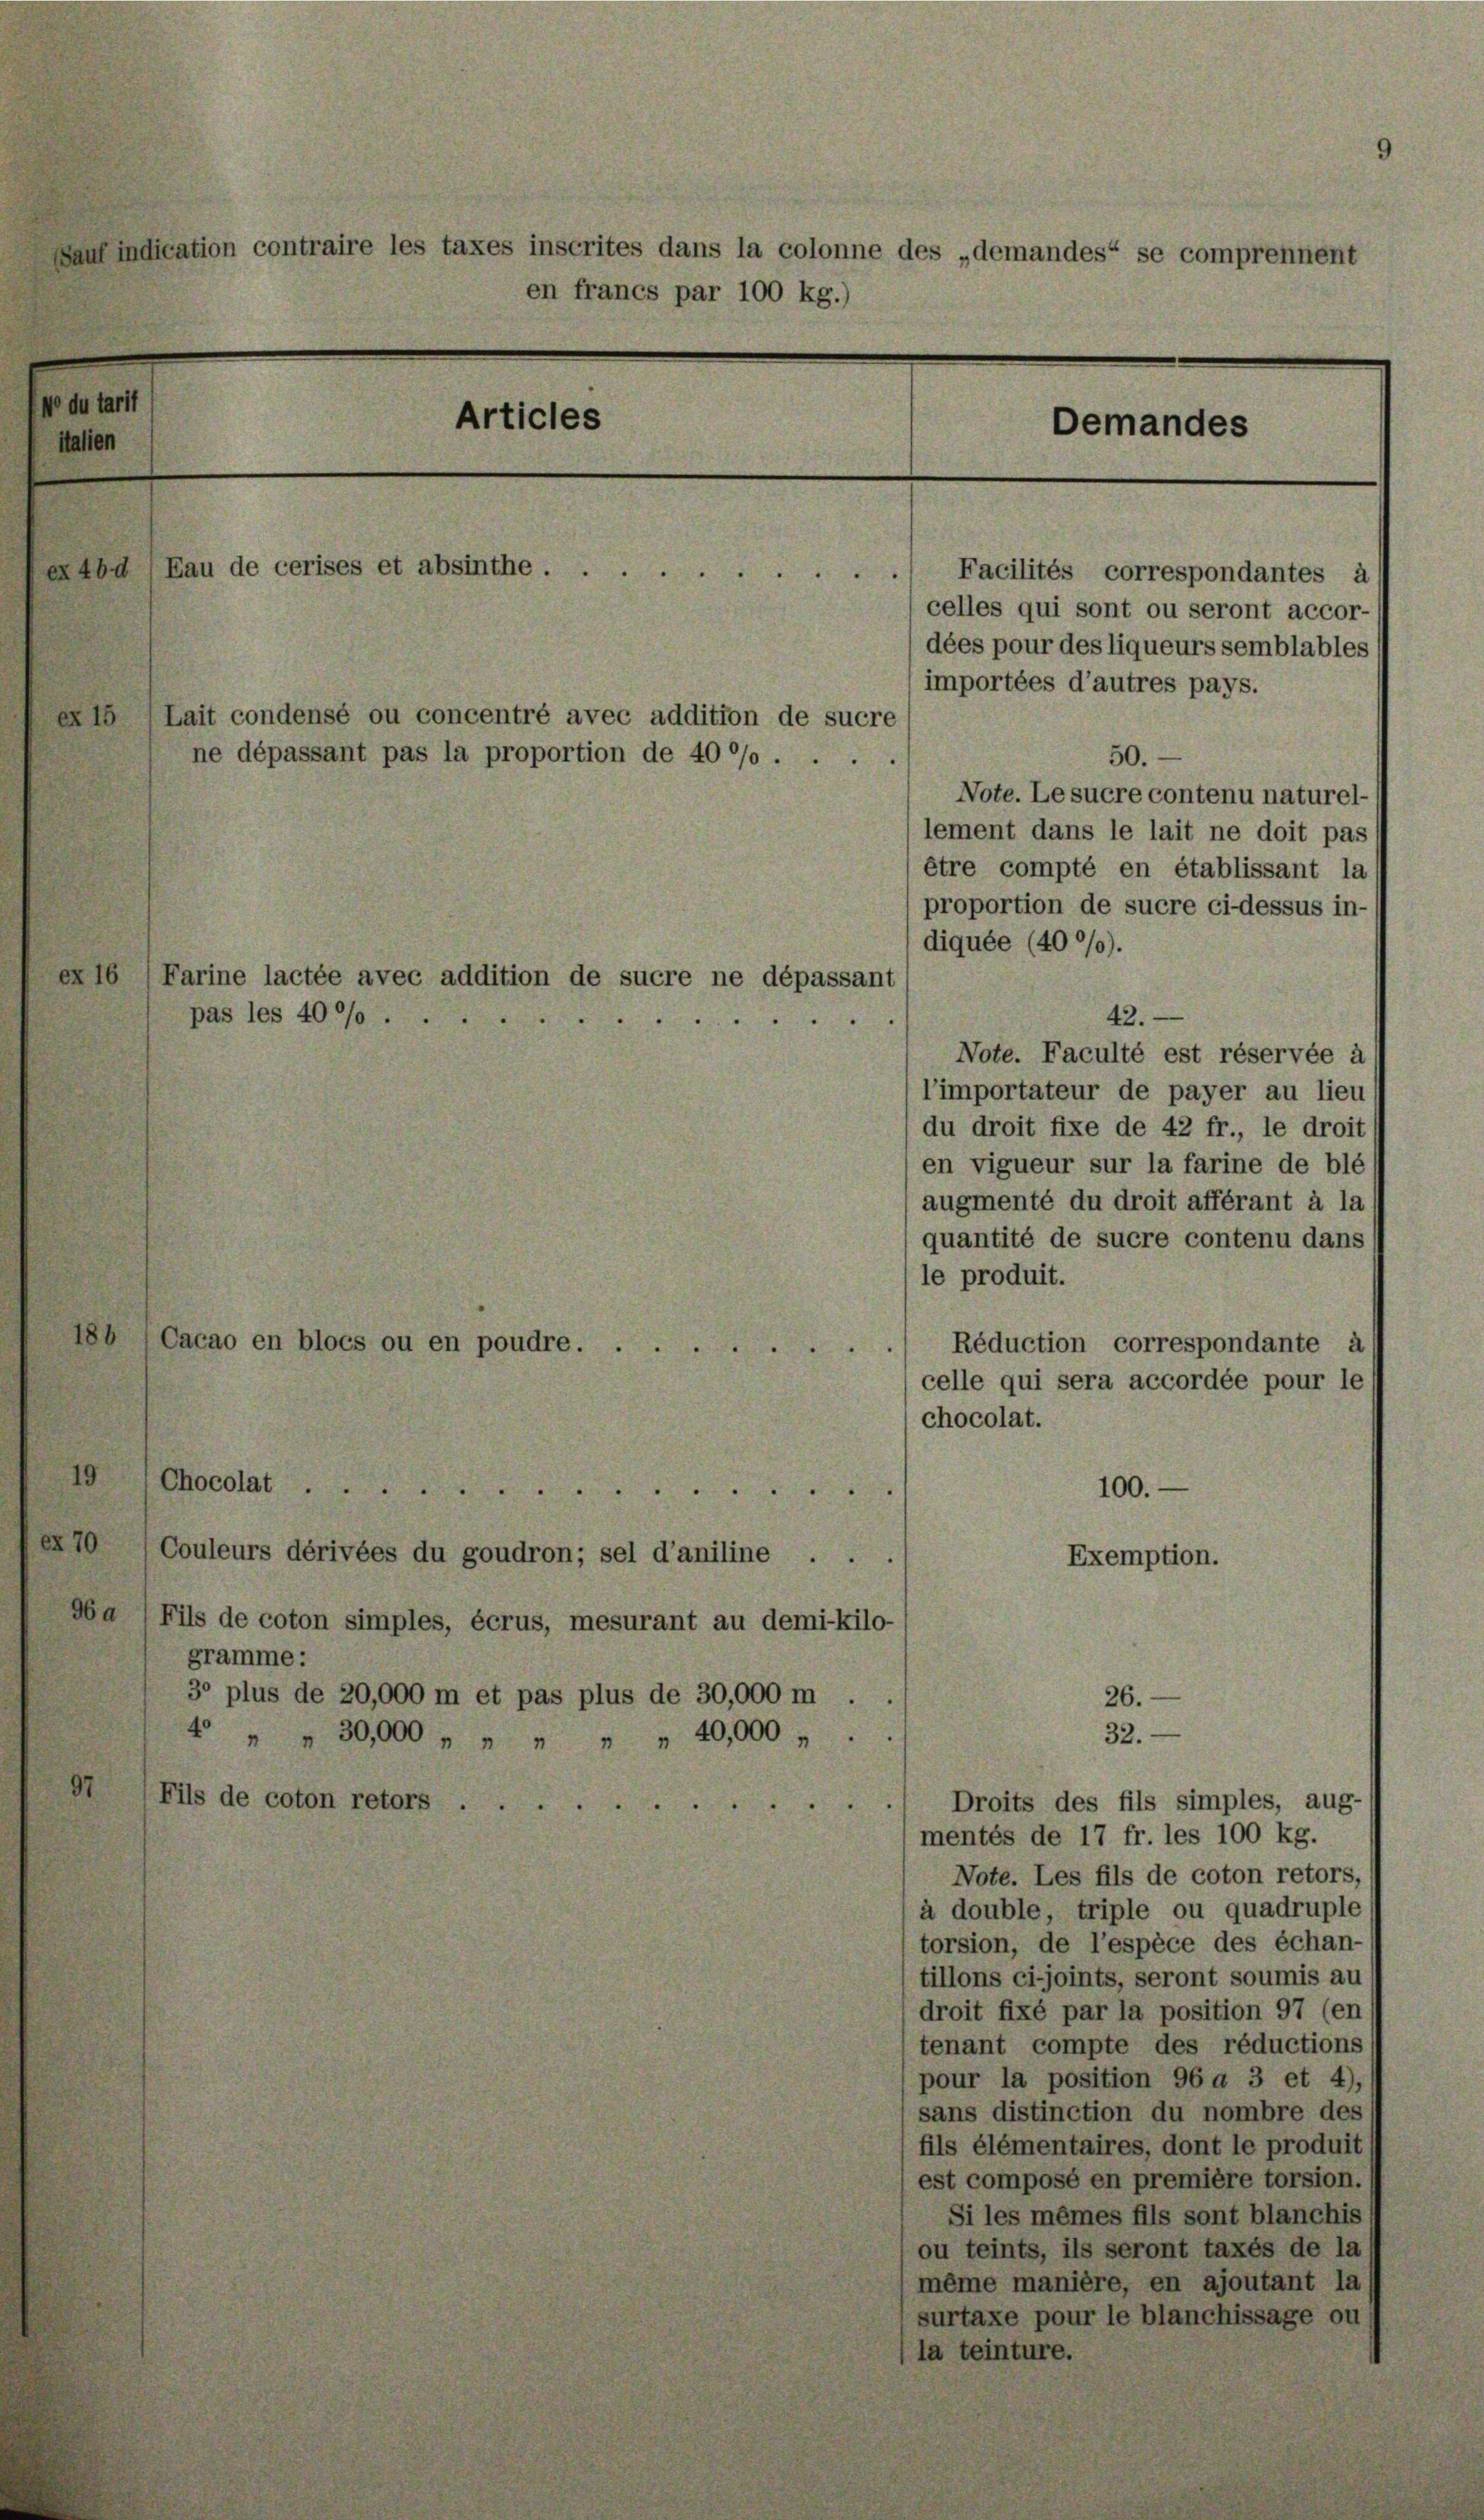
N du tarit
italien

auf indication contraire les taxes inscrites dans la colonne des „demandes“ se comprennent
en francs par 100 kg.)
Articles
Demandes
4bd Bau de cerises et absinthe . .
Facilités correspondantes à
celles qui sont ou seront accor-
dées pour des liqueurs semblables
importées d’autres pays.
ex 15 (Lait condensé ou concentré avec addition de sucre
ne dépassant pas la proportion de 40 °/o.
50.
Note. Le sucre contenu naturel-
lement dans le lait ne doit pas
être compté en établissant las
proportion de sucre ci-dessus in-
diquée (400%).
ex 16 (Farine lactée avec addition de sucre ne dépassant
42.
pas les 400f
.
Note. Faculté est réservée à

186 (Cacao en blocs ou en poudre. .
Oba (Fils de coton simples, écrus, mesurant au demi-kilo-
gramme:
3° plus de 20,000 m et pas plus de 30,000 m .
4 " " 30,000 „ „ „ „ „ 40,000 „
97
Fils de coton retors

49 (Chocolat

70 (Couleurs dérivées du goudron; sel d’aniline

l’importateur de payer au lieu
du droit fixe de 42 fr., le droits
en vigueur sur la farine de blé/
augmenté du droit afférant à la
quantité de sucre contenu dans
le produit.
Réduction correspondante à
celle qui sera accordée pour le
chocolat.
100.
Exemption.
26.
32.
Droits des fils simples, aug-
mentés de 17 fr. les 100 kg.
Note. Les fils de coton retors,
à double, triple ou quadruple
torsion, de l’espèce des échan-
tillons ci-joints, seront soumis au
droit fixé par la position 97 (en
tenant compte des réductionss
pour la position 96 a 3 et 4),
sans distinction du nombre des
fils élémentaires, dont le produit
est composé en première torsion.
Si les mêmes fils sont blanchis
ou teints, ils seront taxés de la
même manière, en ajoutant la
surtaxe pour le blanchissage ou
(la teinture.

.